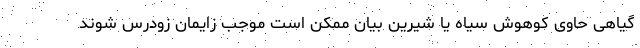
گیاهی حاوی کوهوش سیاه یا شیرین بیان ممکن است موجب زایمان زودرس شوند